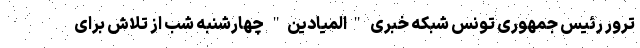
ترور رئیس جمهوری تونس شبکه خبری "المیادین" چهارشنبه شب از تلاش برای